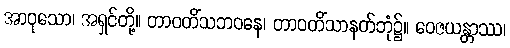
အာဝုသော၊ အရှင်တို့။ တာဝတိံသဘဝနေ၊ တာဝတိံသာနတ်ဘုံ၌။ ဝေဇယန္တာဿ၊